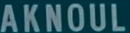
AKNOUL